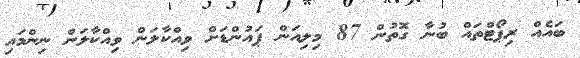
ބައެއް ރިޕޯޓްތައް ބުނާ ގޮތުން 87 މިލިއަން ޕައުންޑަށް ވިއްކާލަން ވިއްކާލަން ނިންމައި